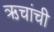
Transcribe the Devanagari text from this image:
ऋचांची